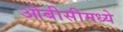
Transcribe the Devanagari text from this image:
ओबीसीमध्ये